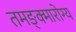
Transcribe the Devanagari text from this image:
तमङ्क्मारोग्य